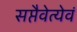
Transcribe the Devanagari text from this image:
सप्तैवेत्येवं